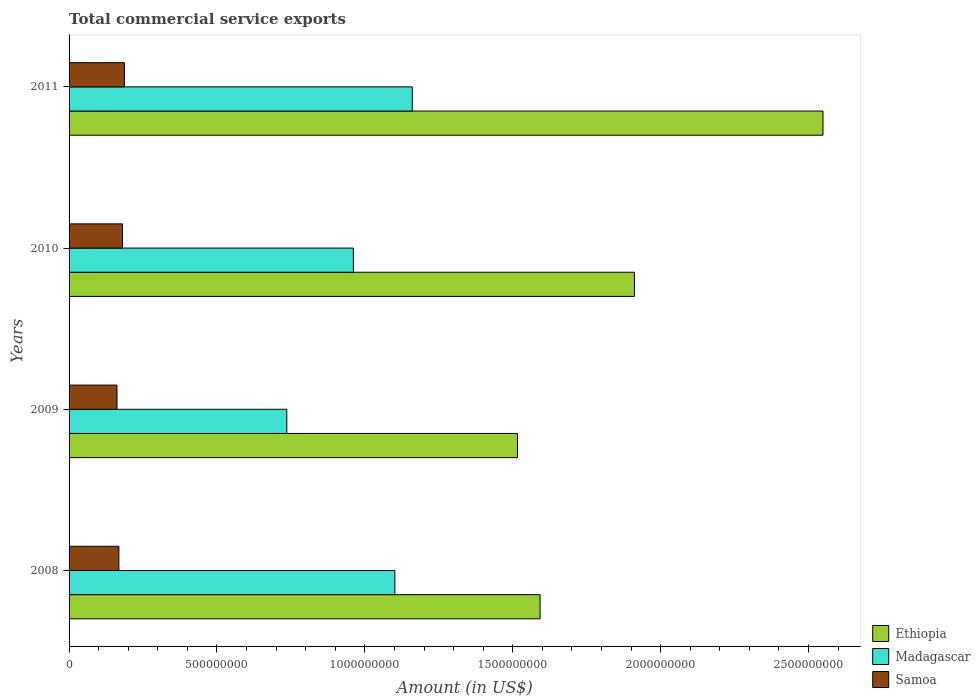
| Years | Ethiopia | Madagascar | Samoa |
 | --- | --- | --- | --- |
 | 2008 | 1.59e+09 | 1.1e+09 | 1.68e+08 |
 | 2009 | 1.52e+09 | 7.36e+08 | 1.62e+08 |
 | 2010 | 1.91e+09 | 9.61e+08 | 1.8e+08 |
 | 2011 | 2.55e+09 | 1.16e+09 | 1.87e+08 |